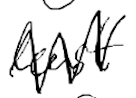
Text: least
Cross-out: zig-zag
Writing tool: digital_black